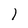
Character: l